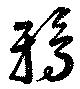
鴉